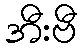
အီးဗီ